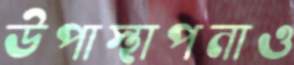
উপাস্থাপনাও